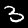
Digit: 3